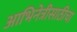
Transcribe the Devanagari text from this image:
आभिनेत्रीसाठीचा